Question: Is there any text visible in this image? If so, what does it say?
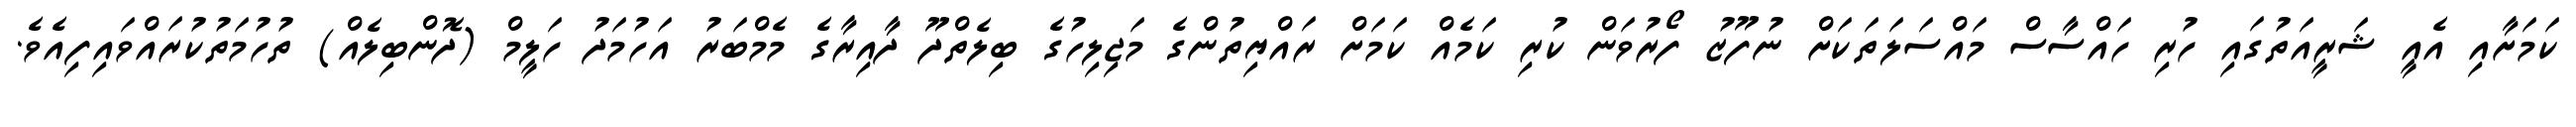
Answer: ކަމަށާއި އެއީ ޝަރީއަތުގައި ހުރި ހައްސާސް މައްސަލަތަކަށް ނުފޫޒު ފޯރުވަން ކުރި ކަމެއް ކަމަށް ރައްޔިތުންގެ މަޖިލިހުގެ ބިލެތްދޫ ދާއިރާގެ މެމްބަރު އަހުމަދު ހަލީމް (ދޮންބިލެއް) ތުހުމަތުކުރައްވައިފިއެވެ.